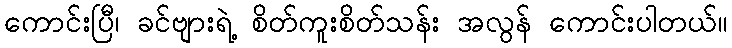
ကောင်းပြီ၊ ခင်ဗျားရဲ့ စိတ်ကူးစိတ်သန်း အလွန် ကောင်းပါတယ်။